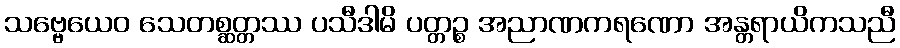
သဗ္ဗေယေဝ သေတစ္ဆတ္တဿ ပသီဒါမိ ပတ္တဉ္စ အညာဏကရဏော အန္တရာယိကသညီ